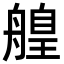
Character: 𦪄